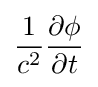
{\frac {1}{c^{2}}}{\frac {\partial \phi }{\partial t}}